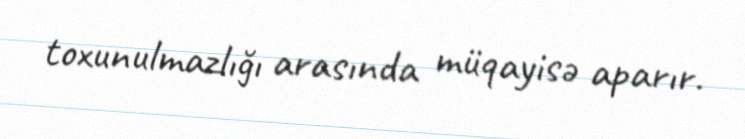
toxunulmazlığı arasında müqayisə aparır.